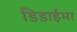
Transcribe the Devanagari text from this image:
डिडाईमा